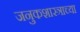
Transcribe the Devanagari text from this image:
जनुकशास्त्राच्या